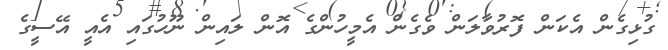
ގުޅިގެން އެކަން ފޮރުވާލަން ވެގެން އެމީހުންގެ އޮން ލައިން ނޫހުގައި އެއީ އޭސީގެ